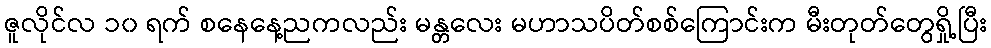
ဇူလိုင်လ ၁၀ ရက် စနေနေ့ညကလည်း မန္တလေး မဟာသပိတ်စစ်ကြောင်းက မီးတုတ်တွေရှို့ပြီး